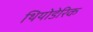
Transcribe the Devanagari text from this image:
थियोडेरिक